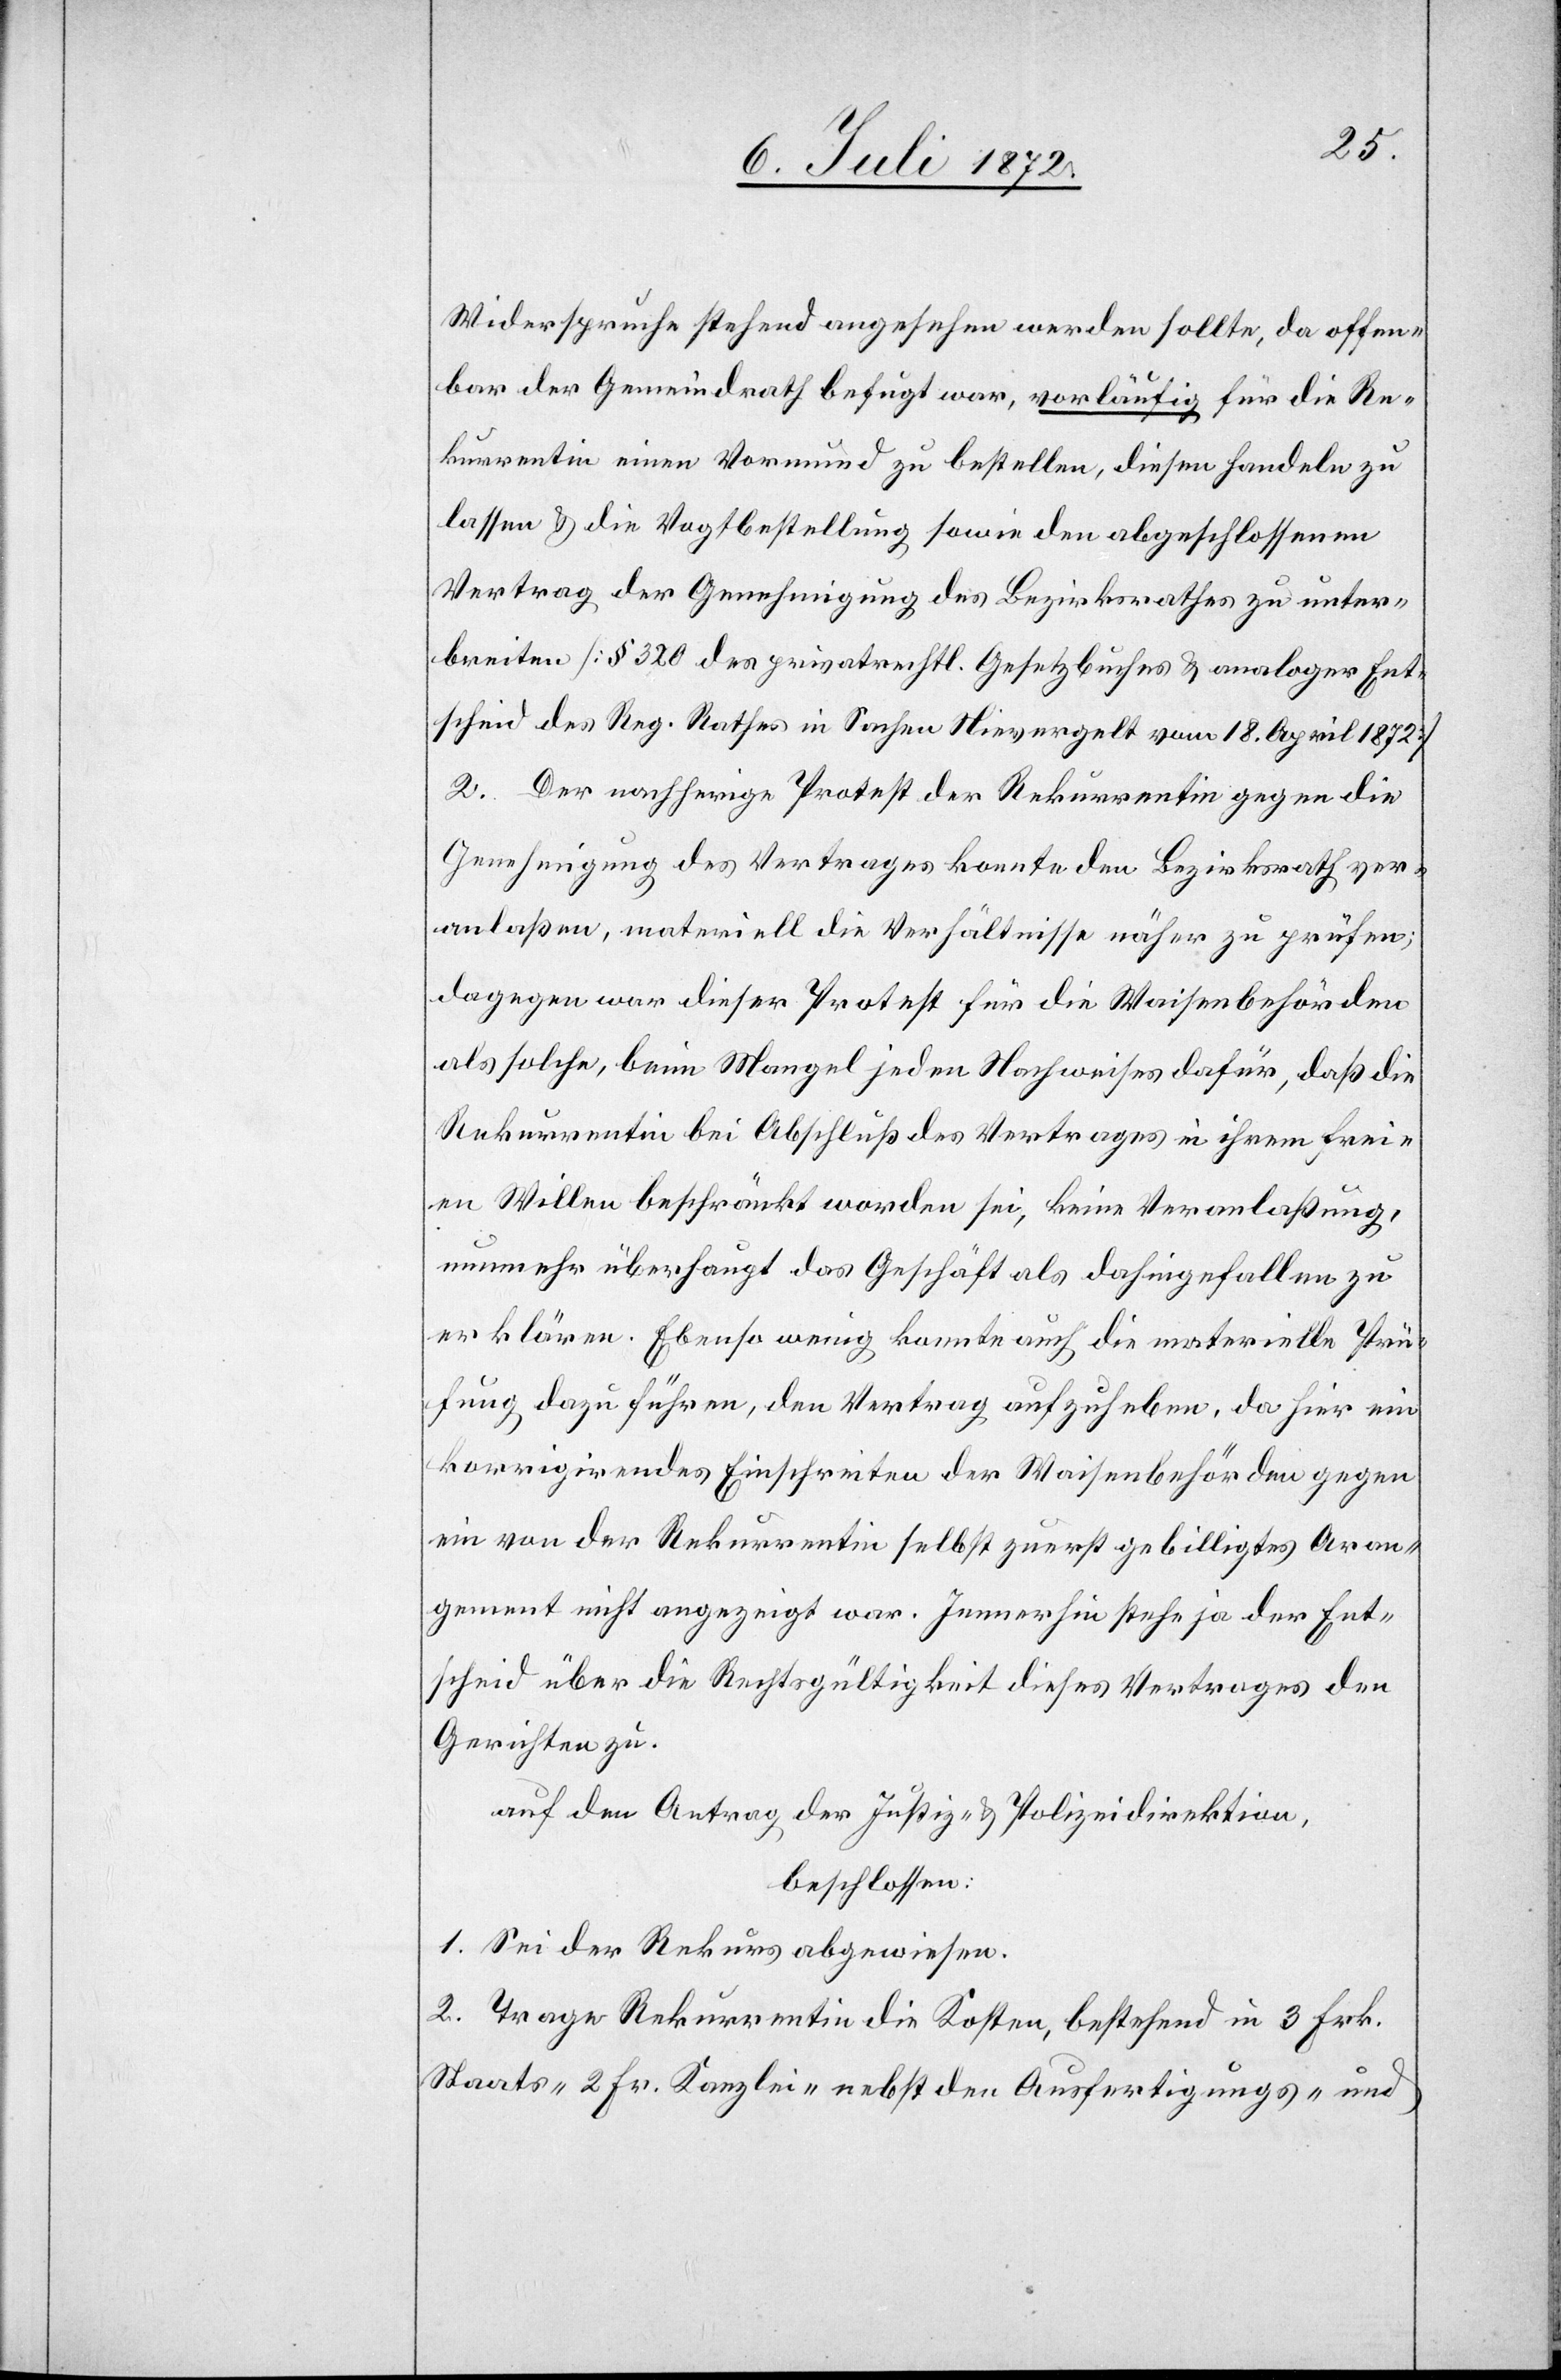
Widerspruche stehend angesehen werden sollte, da offen¬
bar der Gemeindrath befugt war, vorläufig für die Re¬
kurrentin einen Vormund zu bestellen, diesen handeln zu
lassen u. die Vogtbestellung sowie den abgeschlossenen
Vertrag der Genehmigung des Bezirksrathes zu unter¬
breiten [§ 320 des privatrechtl. Gesetzbuches u. analoger Ent¬
scheid des Reg. Rathes in Sachen Nievergelt vom 18. April 1872]
2. Der nachherige Protest der Rekurrentin gegen die
Genehmigung des Vertrages konnte den Bezirksrath ver¬
anlaßen, materiell die Verhältnisse näher zu prüfen;
dagegen war dieser Protest für die Waisenbehörden
als solche, beim Mangel jeden Nachweises dafür, daß die
Rekurrentin bei Abschluß des Vertrages in ihrem frei¬
en Willen beschränkt worden sei, keine Veranlaßung,
nunmehr überhaupt das Geschäft als dahingefallen zu
erklären. Ebenso wenig konnte auch die materielle Prü¬
fung dazu führen, den Vertrag aufzuheben, da hier ein
korrigirendes Einschreiten der Waisenbehörden gegen
ein von der Rekurrentin selbst zuerst gebilligtes Aran¬
gement nicht angezeigt war. Immerhin stehe ja der Ent¬
scheid über die Rechtsgültigkeit dieses Vertrages den
Gerichten zu.
auf den Antrag der Justiz- u. Polizeidirektion,
beschlossen:
1. Sei der Rekurs abgewiesen.
2. Trage Rekurrentin die Kosten, bestehend in 3 Frk.
Staats-[,] 2 Fr. Kanzlei-[,] nebst den Ausfertigungs- und